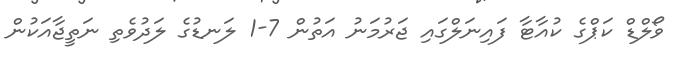
ވޯލްޑް ކަޕްގެ ކުއާޓާ ފައިނަލްގައި ޖަރުމަނު އަތުން 7-1 ލަނޑުގެ ލަދުވެތި ނަތީޖާއަކުން